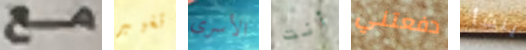
مع تغيير الأسرى أنت دفعتني ينشأ